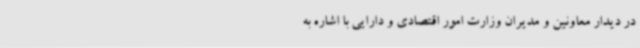
در دیدار معاونین و مدیران وزارت امور اقتصادی و دارایی با اشاره به